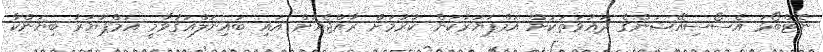
ނެޓްބޯޅަ އެސޯސިއޭޝަންގެ ދައުވަތަކަށް އަމްޕަޔަރުކަން ކުރުމަށް ރާއްޖެއަށް އައި ބައިނަލްއަގުވާމީ އަމްޕަޔަރު ބިޔަންކާ